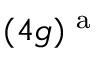
( 4 g ) ^ { \mathrm { ~ a ~ } }